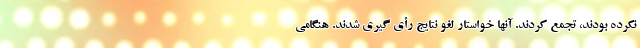
نکرده بودند، تجمع کردند. آنها خواستار لغو نتایج رأی گیری شدند. هنگامی